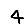
Digit: 4